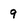
Character: 9